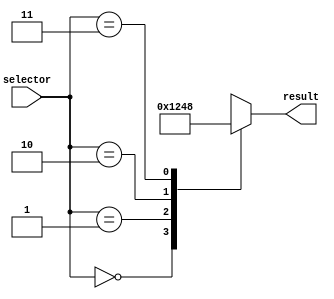
module generate_case_block (
    input wire [1:0] selector,
    output reg [3:0] result
);

always @(selector) begin
    case (selector)
        2'b00: result = 4'b0001;
        2'b01: result = 4'b0010;
        2'b10: result = 4'b0100;
        2'b11: result = 4'b1000;
    endcase
end

endmodule